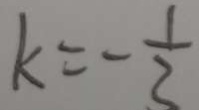
k = - \frac { 1 } { 2 }